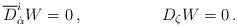
LaTeX: \begin{align*}{\overline D}^{i}_{\dot \alpha} W = 0 \, , \hspace{2cm} D_{\zeta}W = 0 \, .\end{align*}